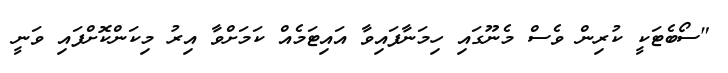
"ސޯބެޓަކީ ކުރިން ވެސް މެނޫގައި ހިމަނާފައިވާ އައިޓަމެއް ކަމަށްވާ އިރު މިކަންކޮށްފައި ވަނީ